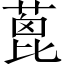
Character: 蓖